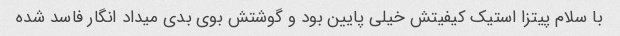
با سلام پیتزا استیک کیفیتش خیلی پایین بود و گوشتش بوی بدی میداد انگار فاسد شده